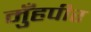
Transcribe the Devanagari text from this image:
मुँहपीर